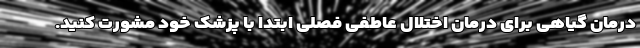
درمان گیاهی برای درمان اختلال عاطفی فصلی ابتدا با پزشک خود مشورت کنید.